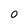
Character: 0